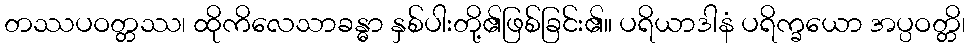
တဿပဝတ္တဿ၊ ထိုကိလေသာခန္ဓာ နှစ်ပါးတို့၏ဖြစ်ခြင်း၏။ ပရိယာဒါနံ ပရိက္ခယော အပ္ပဝတ္တိ၊